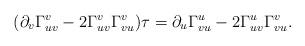
LaTeX: \begin{align*} (\partial_v\Gamma_{uv}^v-2\Gamma_{uv}^v\Gamma_{vu}^v)\tau=\partial_u\Gamma_{vu}^u-2\Gamma_{uv}^u\Gamma_{vu}^v.\end{align*}